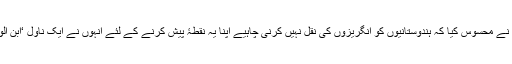
مولوی نذیر احمد نے محسوس کیا کہ ہندوستانیوں کو انگریزوں کی نقل نہیں کرنی چاہیے اپنا یہ نقطۂ پیش کرنے کے لئے انہوں نے ایک ناول ‘ابن الوقت’ تصنیف کیا۔